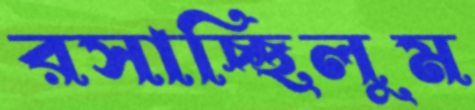
রসাচ্ছিলুম